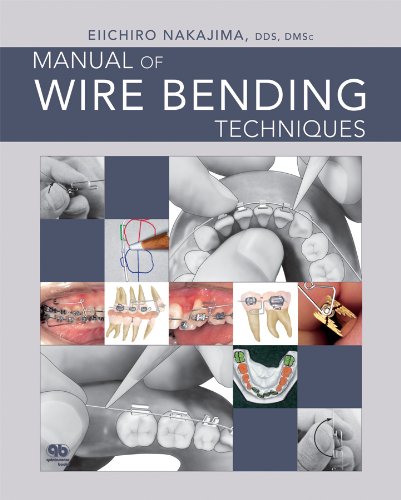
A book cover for Manual of Wire Bending Techniques; Elichiro Nakajima; Medical Books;